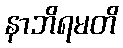
နာဘိရမတိ